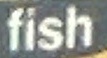
fish